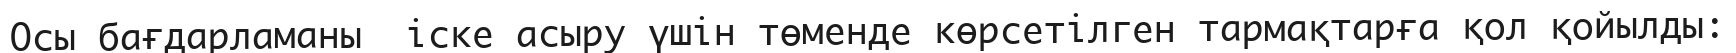
Осы бағдарламаны  іске асыру үшін төменде көрсетілген тармақтарға қол қойылды: